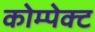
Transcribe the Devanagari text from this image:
कोम्पेक्ट